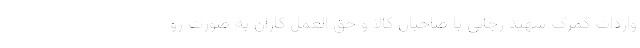
واردات گمرک شهید رجایی با صاحبان کالا و حق العمل کاران به صورت رو